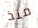
منذ